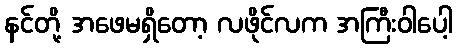
နင်တို့ အဖေမရှိတော့ လဖိုင်လက အကြီးဝါပေါ့